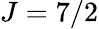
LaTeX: J=7/2